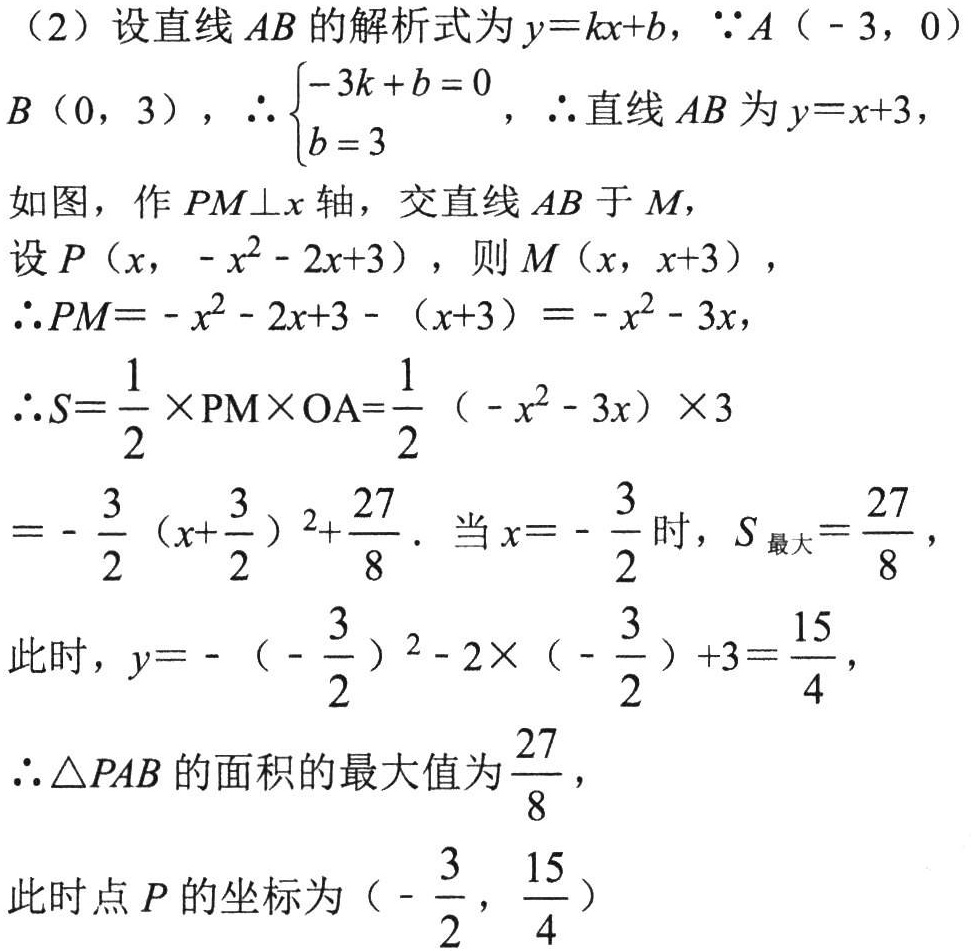
（2）设直线 \(AB\) 的解析式为 \(y = kx + b\)，\(\because A(-3,0)\)，\(B(0,3)\)，\(\therefore\begin{cases}-3k + b = 0 \\ b = 3\end{cases}\)，\(\therefore\)直线 \(AB\) 为 \(y = x + 3\)，
如图，作 \(PM\perp x\) 轴，交直线 \(AB\) 于 \(M\)，
设 \(P(x,-x^{2}-2x + 3)\)，则 \(M(x,x + 3)\)，
\(\therefore PM=-x^{2}-2x + 3-(x + 3)=-x^{2}-3x\)，
\(\therefore S=\frac{1}{2}\times PM\times OA=\frac{1}{2}(-x^{2}-3x)\times3\)
\(=-\frac{3}{2}(x+\frac{3}{2})^{2}+\frac{27}{8}\)．当 \(x = -\frac{3}{2}\) 时，\(S_{最大}=\frac{27}{8}\)，
此时，\(y=-(-\frac{3}{2})^{2}-2\times(-\frac{3}{2}) + 3=\frac{15}{4}\)，
\(\therefore\triangle PAB\) 的面积的最大值为 \(\frac{27}{8}\)，
此时点 \(P\) 的坐标为 \((-\frac{3}{2},\frac{15}{4})\)